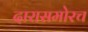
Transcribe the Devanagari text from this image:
दारासमोरच